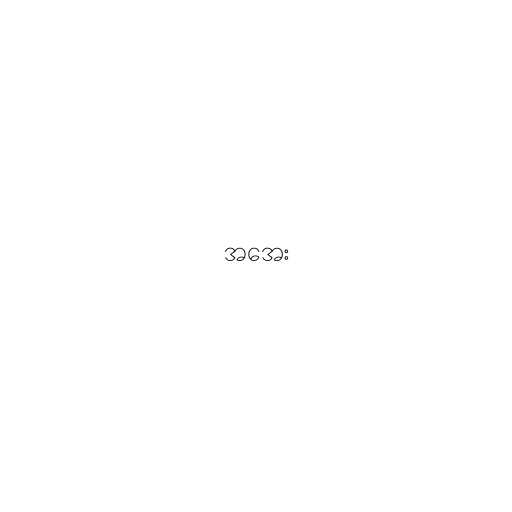
အအေး